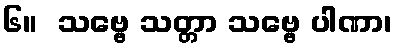
၆။  သဗ္ဗေ သတ္တာ သဗ္ဗေ ပါဏာ၊